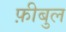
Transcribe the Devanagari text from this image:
फ़ीबुल